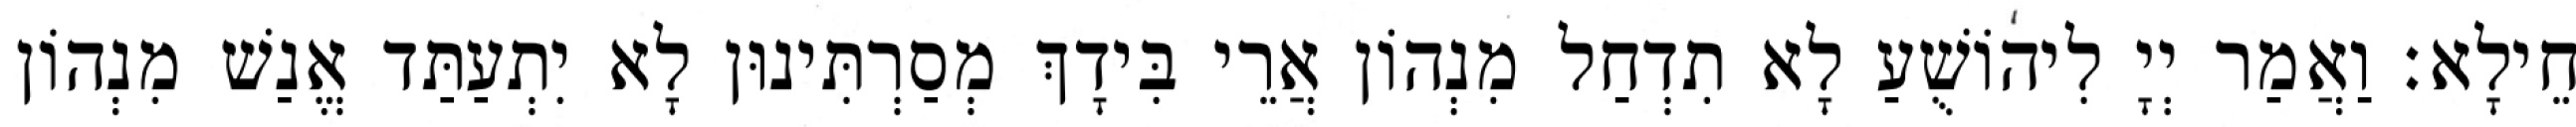
חֵילָא׃ וַאֲמַר יְיָ לִיהוֹשֻׁעַ לָא תִדְחַל מִנְהוֹן אֲרֵי בִּידָךְ מְסַרְתִּינוּן לָא יִתְעַתַּד אֱנַשׁ מִנְהוֹן